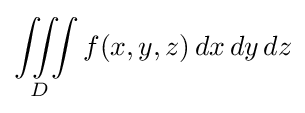
\iiint \limits _{D}f(x,y,z)\,dx\,dy\,dz